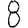
Digit: 8